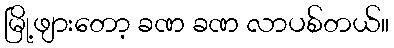
မြို့ဖျားတော့ ခဏ ခဏ လာပစ်တယ်။